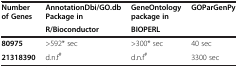
| <ROWSPAN=2> Number of Genes | AnnotationDbi/GO.db Package in | GeneOntology package in | <ROWSPAN=2> GOParGenPy |
 | R/Bioconductor | BIOPERL |
 | --- | --- | --- | --- |
 | 80975 | >592* sec | >300* sec | 40 sec |
 | 21318390 | d.n.f# | d.n.f# | 3300 sec |